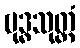
ဗုဒ္ဓသုတ္တံ